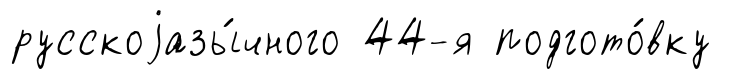
русскоjазы́чного 44-я подгото́вку